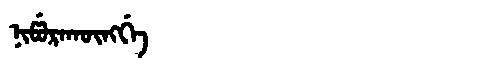
Manchu: ᠨᡳᡦᡠᡵᠠᡴᡡᠩᡤᡝ
Romanization: NIPURAKŪNGGE